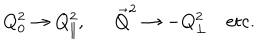
LaTeX: Q _ { 0 } ^ { 2 } \to Q _ { \| } ^ { 2 } , \ \ { \vec { Q } } ^ { 2 } \to - Q _ { \bot } ^ { 2 } \mathrm { e t c . }